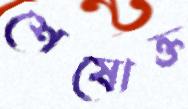
শেষোক্ত